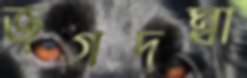
জগদম্বা